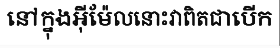
នៅក្នុងអ៊ីម៉ែលនោះវាពិតជាបើក